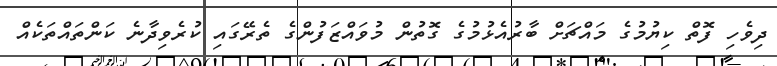
ދިވެހި ފޮތް ކިޔުމުގެ މައްޗަށް ބާރުއެޅުމުގެ ގޮތުން މުވައްޒަފުންގެ ތެރޭގައި ކުރެވިދާނެ ކަންތައްތަކެއް